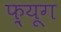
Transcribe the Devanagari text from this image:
फ़्यूग